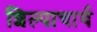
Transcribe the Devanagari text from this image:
शिल्पाचार्य